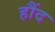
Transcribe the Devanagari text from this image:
हौंद